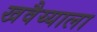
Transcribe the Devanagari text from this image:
खवैय्याला